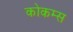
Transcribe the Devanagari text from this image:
कोकम्स